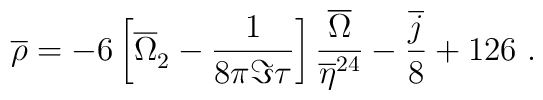
\overline{\rho} =-6\left[{\overline{\Omega }}_2^{\phantom 2}- \frac{1}{8\pi \Im\tau}\right]\frac{\overline{\Omega}}{\overline{\eta}^{24}}- \frac{\overline{j}}{8}+126 \ .